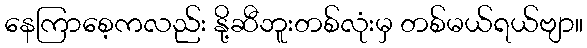
နေကြာစေ့ကလည်း နို့ဆီဘူးတစ်လုံးမှ တစ်မယ်ရယ်ဗျာ။